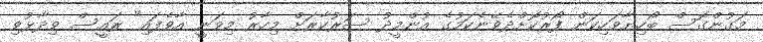
މަގުންގޮސް ބޯހިޔާވަހިކަން ފޯރުކޮށްދެވޭނެކަމުގެ އުންމީދު ސަރުކާރަށް މިހާރު މިވަނީ އާވެފައި" ރައީސް ވިދާޅުވި